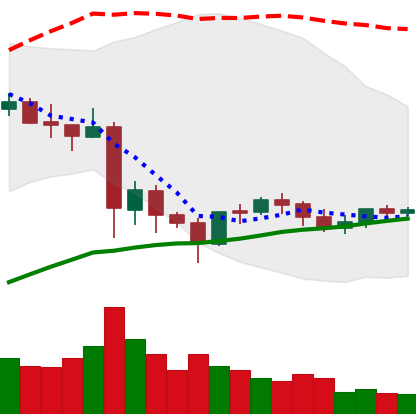
Ticker: LTC-USD
Chart end date: 2021-06-02
Forward return: -13.634%
Label: down_7plus